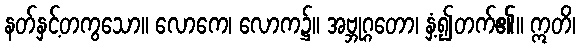
နတ်နှင့်တကွသော။ လောကေ၊ လောက၌။ အဗ္ဘုဂ္ဂတော၊ နှံ့၍တက်၏။ ဣတိ၊